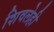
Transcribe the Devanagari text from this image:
शिवलेही